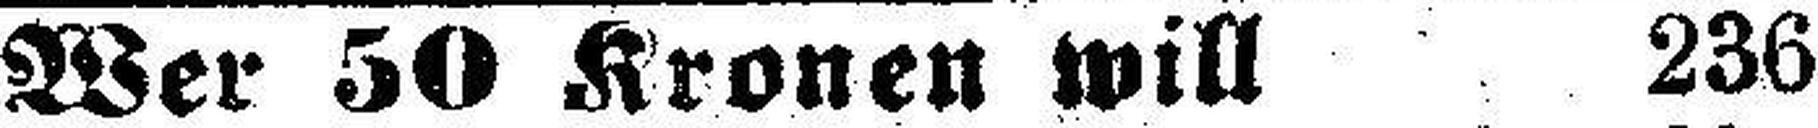
Wer 50 Kronen will 236